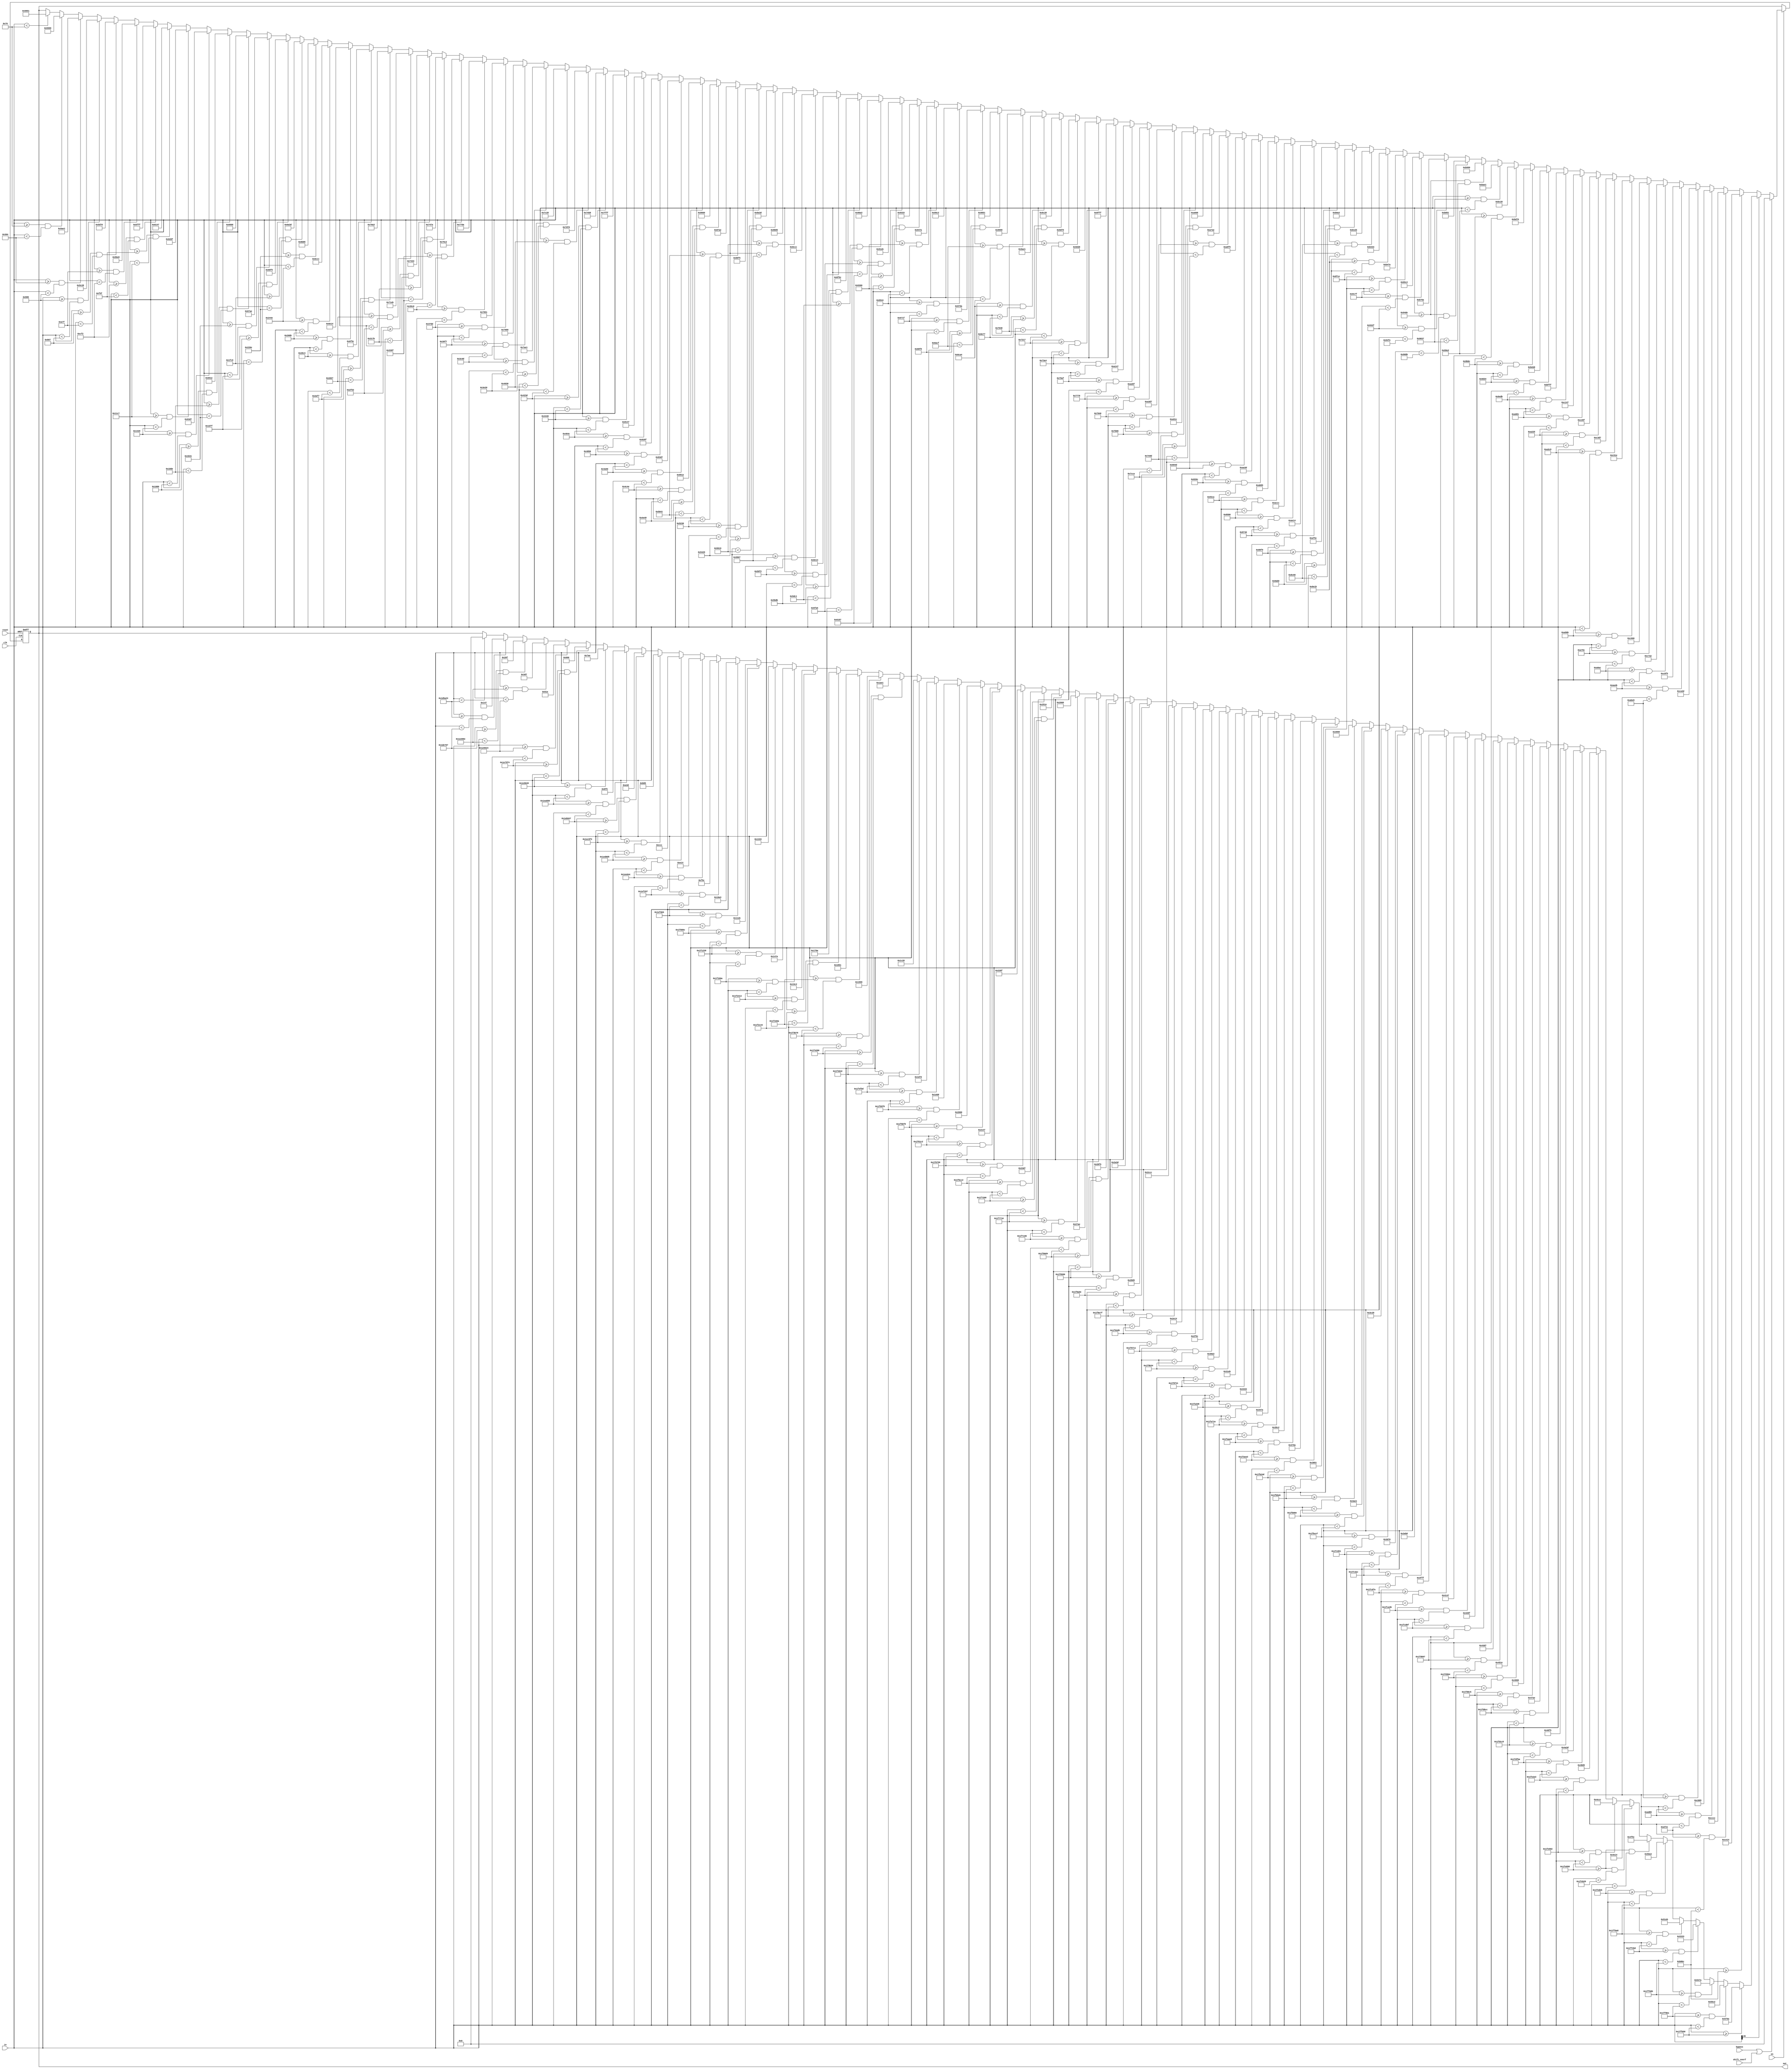
module lut(out,in,bypass,shift_overf,en,clk,reset);

input [20:0]in;
input bypass;
input shift_overf;
input en;
input clk,reset;

output [20:0]out;

reg [20:0]out;

wire [20:0]reg0=21'h147;
wire [20:0]reg1=21'h28f;
wire [20:0]reg2=21'h3d7;
wire [20:0]reg3=21'h51e;
wire [20:0]reg4=21'h666;
wire [20:0]reg5=21'h7ae;
wire [20:0]reg6=21'h8f5;
wire [20:0]reg7=21'ha3d;
wire [20:0]reg8=21'hb85;
wire [20:0]reg9=21'hccc;
wire [20:0]reg10=21'he14;
wire [20:0]reg11=21'hf5c;
wire [20:0]reg12=21'h10a3;
wire [20:0]reg13=21'h11eb;
wire [20:0]reg14=21'h1333;
wire [20:0]reg15=21'h147a;
wire [20:0]reg16=21'h15c2;
wire [20:0]reg17=21'h170a;
wire [20:0]reg18=21'h1851;
wire [20:0]reg19=21'h1999;
wire [20:0]reg20=21'h1ae1;
wire [20:0]reg21=21'h1c28;
wire [20:0]reg22=21'h1d70;
wire [20:0]reg23=21'h1eb8;
wire [20:0]reg24=21'h2000;

wire [20:0]reg25=21'h2147;
wire [20:0]reg26=21'h228f;
wire [20:0]reg27=21'h23d7;
wire [20:0]reg28=21'h251e;
wire [20:0]reg29=21'h2666;
wire [20:0]reg30=21'h27ae;
wire [20:0]reg31=21'h28f5;
wire [20:0]reg32=21'h2a3d;
wire [20:0]reg33=21'h2b85;
wire [20:0]reg34=21'h2ccc;
wire [20:0]reg35=21'h2e14;
wire [20:0]reg36=21'h2f5c;
wire [20:0]reg37=21'h30a3;
wire [20:0]reg38=21'h31eb;
wire [20:0]reg39=21'h3333;
wire [20:0]reg40=21'h347a;
wire [20:0]reg41=21'h35c2;
wire [20:0]reg42=21'h370a;
wire [20:0]reg43=21'h3851;
wire [20:0]reg44=21'h3999;
wire [20:0]reg45=21'h3ae1;
wire [20:0]reg46=21'h3c28;
wire [20:0]reg47=21'h3d70;
wire [20:0]reg48=21'h3eb8;
wire [20:0]reg49=21'h3fff;

wire [20:0]reg50=21'h4147;
wire [20:0]reg51=21'h428f;
wire [20:0]reg52=21'h43d7;
wire [20:0]reg53=21'h451e;
wire [20:0]reg54=21'h4666;
wire [20:0]reg55=21'h47ae;
wire [20:0]reg56=21'h48f5;
wire [20:0]reg57=21'h4a3d;
wire [20:0]reg58=21'h4b85;
wire [20:0]reg59=21'h4ccc;
wire [20:0]reg60=21'h4e14;
wire [20:0]reg61=21'h4f5c;
wire [20:0]reg62=21'h50a3;
wire [20:0]reg63=21'h51eb;
wire [20:0]reg64=21'h5333;
wire [20:0]reg65=21'h547a;
wire [20:0]reg66=21'h55c2;
wire [20:0]reg67=21'h570a;
wire [20:0]reg68=21'h5851;
wire [20:0]reg69=21'h5999;
wire [20:0]reg70=21'h5ae1;
wire [20:0]reg71=21'h5c28;
wire [20:0]reg72=21'h5d70;
wire [20:0]reg73=21'h5be8;
wire [20:0]reg74=21'h5fff;

wire [20:0]reg75=21'h6147;
wire [20:0]reg76=21'h628f;
wire [20:0]reg77=21'h63d7;
wire [20:0]reg78=21'h651e;
wire [20:0]reg79=21'h6666;
wire [20:0]reg80=21'h67ae;
wire [20:0]reg81=21'h68f5;
wire [20:0]reg82=21'h6a3d;
wire [20:0]reg83=21'h6b85;
wire [20:0]reg84=21'h6ccc;
wire [20:0]reg85=21'h6e14;
wire [20:0]reg86=21'h6f5c;
wire [20:0]reg87=21'h70a3;
wire [20:0]reg88=21'h71eb;
wire [20:0]reg89=21'h7333;
wire [20:0]reg90=21'h747a;
wire [20:0]reg91=21'h75c2;
wire [20:0]reg92=21'h770a;
wire [20:0]reg93=21'h7851;
wire [20:0]reg94=21'h7999;
wire [20:0]reg95=21'h7ae1;
wire [20:0]reg96=21'h7c28;
wire [20:0]reg97=21'h7d70;
wire [20:0]reg98=21'h7eb8;
wire [20:0]reg99=21'h7fff;

wire [20:0]reg100=21'h8147;
wire [20:0]reg101=21'h828f;
wire [20:0]reg102=21'h83d7;
wire [20:0]reg103=21'h851e;
wire [20:0]reg104=21'h8666;
wire [20:0]reg105=21'h87ae;
wire [20:0]reg106=21'h88f5;
wire [20:0]reg107=21'h8a3d;
wire [20:0]reg108=21'h8b85;
wire [20:0]reg109=21'h8ccc;
wire [20:0]reg110=21'h8e14;
wire [20:0]reg111=21'h8f5c;
wire [20:0]reg112=21'h90a3;
wire [20:0]reg113=21'h91eb;
wire [20:0]reg114=21'h9333;
wire [20:0]reg115=21'h947a;
wire [20:0]reg116=21'h95c2;
wire [20:0]reg117=21'h970a;
wire [20:0]reg118=21'h9851;
wire [20:0]reg119=21'h9999;
wire [20:0]reg120=21'h9ae1;
wire [20:0]reg121=21'h9c28;
wire [20:0]reg122=21'h9d70;
wire [20:0]reg123=21'h9eb8;
wire [20:0]reg124=21'h9fff;

wire [20:0]reg125=21'ha147;
wire [20:0]reg126=21'ha28f;
wire [20:0]reg127=21'ha3d7;
wire [20:0]reg128=21'ha51c;
wire [20:0]reg129=21'ha666;
wire [20:0]reg130=21'ha7ae;
wire [20:0]reg131=21'ha8f5;
wire [20:0]reg132=21'haa3d;
wire [20:0]reg133=21'hab85;
wire [20:0]reg134=21'haccc;
wire [20:0]reg135=21'hae14;
wire [20:0]reg136=21'haf5c;
wire [20:0]reg137=21'hb0a3;
wire [20:0]reg138=21'hb1eb;
wire [20:0]reg139=21'hb333;
wire [20:0]reg140=21'hb47a;
wire [20:0]reg141=21'hb5c2;
wire [20:0]reg142=21'hb70a;
wire [20:0]reg143=21'hb851;
wire [20:0]reg144=21'hb999;
wire [20:0]reg145=21'hbae1;
wire [20:0]reg146=21'hbc28;
wire [20:0]reg147=21'hbd70;
wire [20:0]reg148=21'hbeb8;
wire [20:0]reg149=21'hbfff;

wire [20:0]reg150=21'hc147;
wire [20:0]reg151=21'hc28f;
wire [20:0]reg152=21'hc3d7;
wire [20:0]reg153=21'hc51e;
wire [20:0]reg154=21'hc666;
wire [20:0]reg155=21'hc7ae;
wire [20:0]reg156=21'hc8f5;
wire [20:0]reg157=21'hca3d;
wire [20:0]reg158=21'hcb85;
wire [20:0]reg159=21'hcccc;
wire [20:0]reg160=21'hce14;

always@(posedge clk or negedge reset)
begin
if(reset==0)
	out<=0;
else
begin
	if(en==1)
	begin
	if((bypass|shift_overf)==1)
	begin
		out<=0;
	end
	else
	begin
	if(in[20]==1)
	begin
	if(in<21'h1d5a23)
	begin
		out<=0;
	end
	
	if(in>=21'h1d5a23 && in<21'h1de767)
	begin
		out[20:0]<=reg0;
	end
	
	if(in>=21'h1de767 && in<21'h1e296e)
	begin
		out[20:0]<=reg1;
	end
	
	if(in>=21'h1e296e && in<21'h1e5524)
	begin
		out[20:0]<=reg2;
	end
	
	if(in>=21'h1e5524 && in<21'h1e75f4)
	begin
		out[20:0]<=reg3;
	end
	
	if(in>=21'h1e75f4 && in<21'h1e9049)
	begin
		out[20:0]<=reg4;
	end
	
	if(in>=21'h1e9049 && in<21'h1ea650)
	begin
		out[20:0]<=reg5;
	end
	
	if(in>=21'h1ea650 && in<21'h1eb947)
	begin
		out[20:0]<=reg6;
	end
	
	if(in>=21'h1eb947 && in<21'h1ec9f2)
	begin
		out[20:0]<=reg7;
	end
	
	if(in>=21'h1ec9f2 && in<21'h1ed8d5)
	begin
		out[20:0]<=reg8;
	end
	
	if(in>=21'h1ed8d5 && in<21'h1ee64c)
	begin
		out[20:0]<=reg9;
	end
	
	if(in>=21'h1ee64c && in<21'h1ef297)
	begin
		out[20:0]<=reg10;
	end
	
	if(in>=21'h1ef297 && in<21'h1efdeb)
	begin
		out[20:0]<=reg11;
	end
	
	if(in>=21'h1efdeb && in<21'h1f086c)
	begin
		out[20:0]<=reg12;
	end
	
	if(in>=21'h1f086c && in<21'h1f1239)
	begin
		out[20:0]<=reg13;
	end
	
	if(in>=21'h1f1239 && in<21'h1f1b6a)
	begin
		out[20:0]<=reg14;
	end
	
	if(in>=21'h1f1b6a && in<21'h1f2413)
	begin
		out[20:0]<=reg15;
	end
	
	if(in>=21'h1f2413 && in<21'h1f2c44)
	begin
		out[20:0]<=reg16;
	end
	
	if(in>=21'h1f2c44 && in<21'h1f340a)
	begin
		out[20:0]<=reg17;
	end
	
	if(in>=21'h1f340a && in<21'h1f3b70)
	begin
		out[20:0]<=reg18;
	end
	
	if(in>=21'h1f3b70 && in<21'h1f4280)
	begin
		out[20:0]<=reg19;
	end
	
	if(in>=21'h1f4280 && in<21'h1f4942)
	begin
		out[20:0]<=reg20;
	end
	
	if(in>=21'h1f4942 && in<21'h1f4fbd)
	begin
		out[20:0]<=reg21;
	end
	
	if(in>=21'h1f4fbd && in<21'h1f55f8)
	begin
		out[20:0]<=reg22;
	end
	
	if(in>=21'h1f55f8 && in<21'h1f5bf8)
	begin
		out[20:0]<=reg23;
	end
	
	if(in>=21'h1f5bf8 && in<21'h1f61c2)
	begin
		out[20:0]<=reg24;
	end
	
	if(in>=21'h1f61c2 && in<21'h1f6759)
	begin
		out[20:0]<=reg25;
	end
	
	if(in>=21'h1f6759 && in<21'h1f6cc2)
	begin
		out[20:0]<=reg26;
	end
	
	if(in>=21'h1f6cc2 && in<21'h1f7200)
	begin
		out[20:0]<=reg27;
	end
	
	if(in>=21'h1f7200 && in<21'h1f7716)
	begin
		out[20:0]<=reg28;
	end
	
	if(in>=21'h1f7716 && in<21'h1f7c06)
	begin
		out[20:0]<=reg29;
	end
	
	if(in>=21'h1f7c06 && in<21'h1f80d4)
	begin
		out[20:0]<=reg30;
	end
	
	if(in>=21'h1f80d4 && in<21'h1f8580)
	begin
		out[20:0]<=reg31;
	end
	
	if(in>=21'h1f8580 && in<21'h1f8a0e)
	begin
		out[20:0]<=reg32;
	end
	
	if(in>=21'h1f8a0e && in<21'h1f8e7f)
	begin
		out[20:0]<=reg33;
	end
	
	if(in>=21'h1f8e7f && in<21'h1f92d5)
	begin
		out[20:0]<=reg34;
	end
	
	if(in>=21'h1f92d5 && in<21'h1f9711)
	begin
		out[20:0]<=reg35;
	end
	
	if(in>=21'h1f9711 && in<21'h1f9b34)
	begin
		out[20:0]<=reg36;
	end
	
	if(in>=21'h1f9b34 && in<21'h1f9f41)
	begin
		out[20:0]<=reg37;
	end
	
	if(in>=21'h1f9f41 && in<21'h1fa338)
	begin
		out[20:0]<=reg38;
	end
	
	if(in>=21'h1fa338 && in<21'h1fa71a)
	begin
		out[20:0]<=reg39;
	end
	
	if(in>=21'h1fa71a && in<21'h1faae8)
	begin
		out[20:0]<=reg40;
	end
	
	if(in>=21'h1faae8 && in<21'h1faea3)
	begin
		out[20:0]<=reg41;
	end
	
	if(in>=21'h1faea3 && in<21'h1fb24d)
	begin
		out[20:0]<=reg42;
	end
	
	if(in>=21'h1fb24d && in<21'h1fb5e6)
	begin
		out[20:0]<=reg43;
	end
	
	if(in>=21'h1fb5e6 && in<21'h1fb96e)
	begin
		out[20:0]<=reg44;
	end
	
	if(in>=21'h1fb96e && in<21'h1fbce7)
	begin
		out[20:0]<=reg45;
	end
	
	if(in>=21'h1fbce7 && in<21'h1fc051)
	begin
		out[20:0]<=reg46;
	end
	
	if(in>=21'h1fc051 && in<21'h1fc3ac)
	begin
		out[20:0]<=reg47;
	end
	
	if(in>=21'h1fc3ac && in<21'h1fc6fa)
	begin
		out[20:0]<=reg48;
	end
	
	if(in>=21'h1fc6fa && in<21'h1fca3b)
	begin
		out[20:0]<=reg49;
	end
	
	if(in>=21'h1fca3b && in<21'h1fcd6f)
	begin
		out[20:0]<=reg50;
	end
	
	if(in>=21'h1fcd6f && in<21'h1fd097)
	begin
		out[20:0]<=reg51;
	end
	
	if(in>=21'h1fd097 && in<21'h1fd3b4)
	begin
		out[20:0]<=reg52;
	end
	
	if(in>=21'h1fd3b4 && in<21'h1fd6c5)
	begin
		out[20:0]<=reg53;
	end
	
	if(in>=21'h1fd6c5 && in<21'h1fd9cc)
	begin
		out[20:0]<=reg54;
	end
	
	if(in>=21'h1fd9cc && in<21'h1fdcc8)
	begin
		out[20:0]<=reg55;
	end
	
	if(in>=21'h1fdcc8 && in<21'h1fdfba)
	begin
		out[20:0]<=reg56;
	end
	
	if(in>=21'h1fdfba && in<21'h1fe2a3)
	begin
		out[20:0]<=reg57;
	end
	
	if(in>=21'h1fe2a3 && in<21'h1fe582)
	begin
		out[20:0]<=reg58;
	end
	
	if(in>=21'h1fe582 && in<21'h1fe858)
	begin
		out[20:0]<=reg59;
	end
	
	if(in>=21'h1fe858 && in<21'h1feb26)
	begin
		out[20:0]<=reg60;
	end
	
	if(in>=21'h1fe858 && in<21'h1fedeb)
	begin
		out[20:0]<=reg61;
	end
	
	if(in>=21'h1fedeb && in<21'h1ff0a8)
	begin
		out[20:0]<=reg62;
	end
	
	if(in>=21'h1ff0a8 && in<21'h1ff35d)
	begin
		out[20:0]<=reg63;
	end
	
	if(in>=21'h1ff35d && in<21'h1ff60b)
	begin
		out[20:0]<=reg64;
	end
	
	if(in>=21'h1ff60b && in<21'h1ff8b1)
	begin
		out[20:0]<=reg65;
	end
	
	if(in>=21'h1ff8b1 && in<21'h1ffb50)
	begin
		out[20:0]<=reg66;
	end
	
	if(in>=21'h1ffb50)
	begin
		out[20:0]<=reg67;
	end
	
	end
	else
	begin
	if(in<21'h79)
	begin
		out[20:0]<=reg68;
	end
	
	if(in>=21'h79 && in<21'h304)
	begin
		out[20:0]<=reg69;
	end
	if(in>=21'h304 && in<21'h588)
	begin
		out[20:0]<=reg70;
	end
	
	if(in>=21'h588 && in<21'h807)
	begin
		out[20:0]<=reg71;
	end
	
	if(in>=21'h807 && in<21'ha7f)
	begin
		out[20:0]<=reg72;
	end
	
	if(in>=21'ha7f && in<21'hcf2)
	begin
		out[20:0]<=reg73;
	end
	
	if(in>=21'hcf2 && in<21'hf5f)
	begin
		out[20:0]<=reg74;
	end
	
	if(in>=21'hf5f && in<21'h11c7)
	begin
		out[20:0]<=reg75;
	end
	
	if(in>=21'h11c7 && in<21'h1429)
	begin
		out[20:0]<=reg76;
	end
	
	if(in>=21'h1429 && in<21'h1686)
	begin
		out[20:0]<=reg77;
	end
	
	if(in>=21'h1686 && in<21'h18de)
	begin
		out[20:0]<=reg78;
	end
	
	if(in>=21'h18de && in<21'h1b31)
	begin
		out[20:0]<=reg79;
	end
	
	if(in>=21'h1b31 && in<21'h1d7f)
	begin
		out[20:0]<=reg80;
	end
	
	if(in>=21'h1d7f && in<21'h1fc9)
	begin
		out[20:0]<=reg81;
	end
	
	if(in>=21'h1fc9 && in<21'h220e)
	begin
		out[20:0]<=reg82;
	end
	
	if(in>=21'h220e && in<21'h244e)
	begin
		out[20:0]<=reg83;
	end
	
	if(in>=21'h244e && in<21'h268b)
	begin
		out[20:0]<=reg84;
	end
	
	if(in>=21'h268b && in<21'h28c3)
	begin
		out[20:0]<=reg85;
	end
	
	if(in>=21'h28c3 && in<21'h2af7)
	begin
		out[20:0]<=reg86;
	end
	
	if(in>=21'h2af7 && in<21'h2d27)
	begin
		out[20:0]<=reg87;
	end
	
	if(in>=21'h2d27 && in<21'h2f53)
	begin
		out[20:0]<=reg88;
	end
	
	if(in>=21'h2f53 && in<21'h317b)
	begin
		out[20:0]<=reg89;
	end
	
	if(in>=21'h317b && in<21'h339f)
	begin
		out[20:0]<=reg90;
	end
	
	if(in>=21'h339f && in<21'h35c0)
	begin
		out[20:0]<=reg91;
	end

	if(in>=21'h35c0 && in<21'h37dd)
	begin
		out[20:0]<=reg92;
	end
	
	if(in>=21'h37dd && in<21'h39f7)
	begin
		out[20:0]<=reg93;
	end
	
	if(in>=21'h39f7 && in<21'h3c0d)
	begin
		out[20:0]<=reg94;
	end
	
	if(in>=21'h3c0d && in<21'h3e20)
	begin
		out[20:0]<=reg95;
	end
	
	if(in>=21'h3e20 && in<21'h4030)
	begin
		out[20:0]<=reg96;
	end
	
	if(in>=21'h4030 && in<21'h423d)
	begin
		out[20:0]<=reg97;
	end
	
	if(in>=21'h423d && in<21'h4446)
	begin
		out[20:0]<=reg98;
	end
	
	if(in>=21'h4446 && in<21'h464c)
	begin
		out[20:0]<=reg99;
	end
	
	if(in>=21'h464c && in<21'h4850)
	begin
		out[20:0]<=reg100;
	end
	
	if(in>=21'h4850 && in<21'h4a50)
	begin
		out[20:0]<=reg101;
	end
	
	if(in>=21'h4a50 && in<21'h4c4e)
	begin
		out[20:0]<=reg102;
	end
	
	if(in>=21'h4c4e && in<21'h4e49)
	begin
		out[20:0]<=reg103;
	end
	
	if(in>=21'h4e49 && in<21'h5041)
	begin
		out[20:0]<=reg104;
	end
	
	if(in>=21'h5041 && in<21'h5236)
	begin
		out[20:0]<=reg105;
	end
	
	if(in>=21'h5236 && in<21'h5429)
	begin
		out[20:0]<=reg106;
	end
	
	if(in>=21'h5429 && in<21'h5619)
	begin
		out[20:0]<=reg107;
	end
	
	if(in>=21'h5619 && in<21'h5807)
	begin
		out[20:0]<=reg108;
	end
	
	if(in>=21'h5807 && in<21'h59f2)
	begin
		out[20:0]<=reg109;
	end
	
	if(in>=21'h59f2 && in<21'h5bdb)
	begin
		out[20:0]<=reg110;
	end
	
	if(in>=21'h5bdb && in<21'h5dc1)
	begin
		out[20:0]<=reg111;
	end
	
	if(in>=21'h5dc1 && in<21'h5fa5)
	begin
		out[20:0]<=reg112;
	end
	
	if(in>=21'h5fa5 && in<21'h6187)
	begin
		out[20:0]<=reg113;
	end
	
	if(in>=21'h6187 && in<21'h6366)
	begin
		out[20:0]<=reg114;
	end
	
	if(in>=21'h6366 && in<21'h6544)
	begin
		out[20:0]<=reg115;
	end
	
	if(in>=21'h6544 && in<21'h671f)
	begin
		out[20:0]<=reg116;
	end
	
	if(in>=21'h671f && in<21'h68f8)
	begin
		out[20:0]<=reg117;
	end
	
	if(in>=21'h68f8 && in<21'h6acf)
	begin
		out[20:0]<=reg118;
	end
	
	if(in>=21'h6acf && in<21'h6ca4)
	begin
		out[20:0]<=reg119;
	end
	
	if(in>=21'h6ca4 && in<21'h6e77)
	begin
		out[20:0]<=reg120;
	end
	
	if(in>=21'h6e77 && in<21'h7048)
	begin
		out[20:0]<=reg121;
	end
	
	if(in>=21'h7048 && in<21'h7217)
	begin
		out[20:0]<=reg122;
	end
	
	if(in>=21'h7217 && in<21'h73e4)
	begin
		out[20:0]<=reg123;
	end
	
	if(in>=21'h73e4 && in<21'h75af)
	begin
		out[20:0]<=reg124;
	end
	
	if(in>=21'h75af && in<21'h7778)
	begin
		out[20:0]<=reg125;
	end
	
	if(in>=21'h7778 && in<21'h7940)
	begin
		out[20:0]<=reg126;
	end
	
	if(in>=21'h7940 && in<21'h7b06)
	begin
		out[20:0]<=reg127;
	end
	
	if(in>=21'h7b06 && in<21'h7cca)
	begin
		out[20:0]<=reg128;
	end
	
	if(in>=21'h7cca && in<21'h7e8d)
	begin
		out[20:0]<=reg129;
	end
	
	if(in>=21'h7e8d && in<21'h804d)
	begin
		out[20:0]<=reg130;
	end
	
	if(in>=21'h804d && in<21'h820c)
	begin
		out[20:0]<=reg131;
	end
	
	if(in>=21'h820c && in<21'h83ca)
	begin
		out[20:0]<=reg132;
	end
	
	if(in>=21'h83ca && in<21'h8586)
	begin
		out[20:0]<=reg133;
	end
	
	if(in>=21'h8586 && in<21'h8740)
	begin
		out[20:0]<=reg134;
	end
	
	if(in>=21'h8740 && in<21'h88f9)
	begin
		out[20:0]<=reg135;
	end
	
	if(in>=21'h88f9 && in<21'h8ab0)
	begin
		out[20:0]<=reg136;
	end
	
	if(in>=21'h8ab0 && in<21'h8c66)
	begin
		out[20:0]<=reg137;
	end
	
	if(in>=21'h8c66 && in<21'h8e1b)
	begin
		out[20:0]<=reg138;
	end
	
	if(in>=21'h8e1b && in<21'h8fce)
	begin
		out[20:0]<=reg139;
	end
	
	if(in>=21'h8fce && in<21'h917f)
	begin
		out[20:0]<=reg140;
	end
	
	if(in>=21'h917f && in<21'h932f)
	begin
		out[20:0]<=reg141;
	end
	
	if(in>=21'h932f && in<21'h94fe)
	begin
		out[20:0]<=reg142;
	end
	
	if(in>=21'h94de && in<21'h968b)
	begin
		out[20:0]<=reg143;
	end
	
	if(in>=21'h94de && in<21'h9837)
	begin
		out[20:0]<=reg144;
	end
	
	if(in>=21'h9837 && in<21'h99e2)
	begin
		out[20:0]<=reg145;
	end
	
	if(in>=21'h99e2 && in<21'h9b8c)
	begin
		out[20:0]<=reg146;
	end
	
	if(in>=21'h9b8c && in<21'h9d34)
	begin
		out[20:0]<=reg147;
	end
	
	if(in>=21'h9d34 && in<21'h9edb)
	begin
		out[20:0]<=reg148;
	end
	
	if(in>=21'h9edb && in<21'ha081)
	begin
		out[20:0]<=reg149;
	end
	
	if(in>=21'ha081 && in<21'ha225)
	begin
		out[20:0]<=reg150;
	end
	
	if(in>=21'ha225 && in<21'ha3c9)
	begin
		out[20:0]<=reg151;
	end
	
	if(in>=21'ha3c9 && in<21'ha56b)
	begin
		out[20:0]<=reg152;
	end
	
	if(in>=21'ha56b && in<21'ha70c)
	begin
		out[20:0]<=reg153;
	end
	
	if(in>=21'ha70c && in<21'ha8ac)
	begin
		out[20:0]<=reg154;
	end
	
	if(in>=21'ha8ac && in<21'haa4b)
	begin
		out[20:0]<=reg155;
	end
	
	if(in>=21'haa4b && in<21'habe9)
	begin
		out[20:0]<=reg156;
	end
	
	if(in>=21'habe9 && in<21'had85)
	begin
		out[20:0]<=reg157;
	end
	
	if(in>=21'had85 && in<21'haf21)
	begin
		out[20:0]<=reg158;
	end
	
	if(in>=21'haf21 && in<21'hb0bc)
	begin
		out[20:0]<=reg159;
	end
	
	if(in>=21'hb0bc)
	begin
		out[20:0]<=reg160;
	end
	
	end
	end
	end
end
end
endmodule